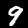
Digit: 9